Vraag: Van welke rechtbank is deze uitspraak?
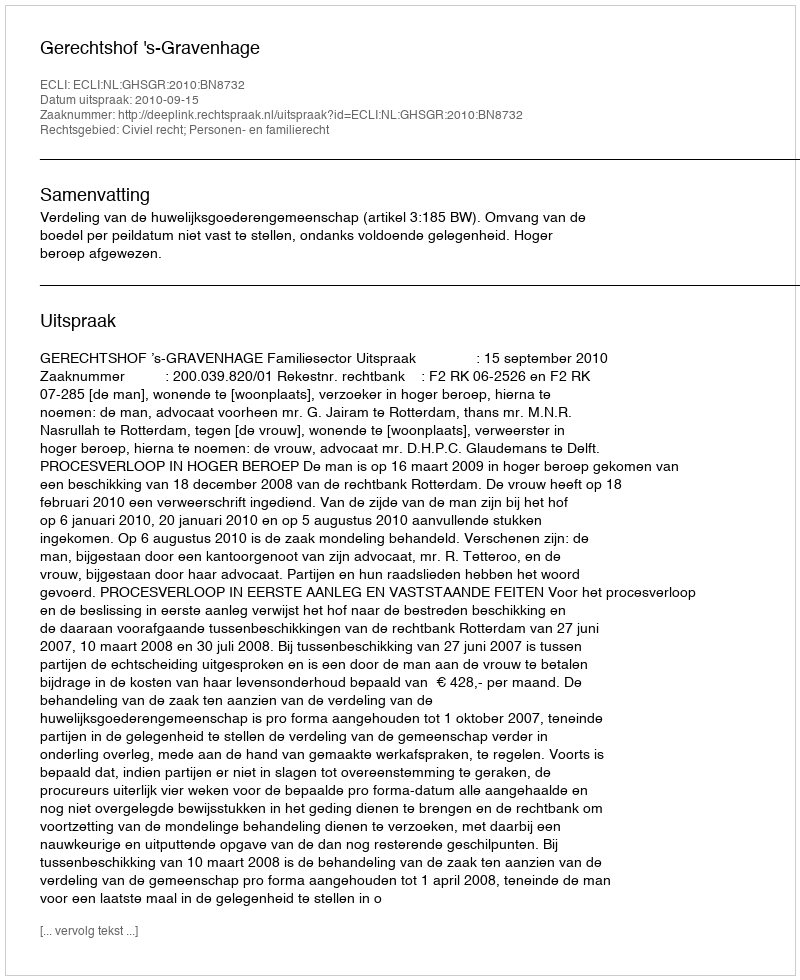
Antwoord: Gerechtshof 's-Gravenhage